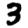
Digit: 3